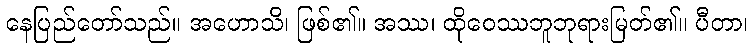
နေပြည်တော်သည်။ အဟောသိ၊ ဖြစ်၏။ အဿ၊ ထိုဝေဿဘူဘုရားမြတ်၏။ ပီတာ၊